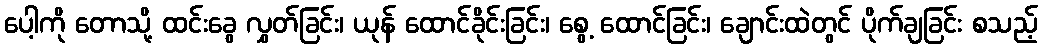
ပေါ့ကို တောသို့ ထင်းခွေ လွှတ်ခြင်း၊ ယုန် ထောင်ခိုင်းခြင်း၊ စွေ့ ထောင်ခြင်း၊ ချောင်းထဲတွင် ပိုက်ချခြင်း စသည့်